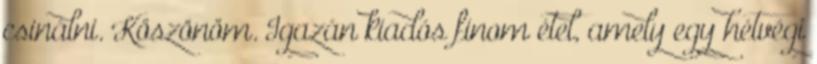
csinálni. Köszönöm. Igazán kiadós finom étel, amely egy hétvégi